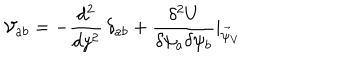
LaTeX: { \cal V } _ { a b } = - \frac { d ^ { 2 } } { d y ^ { 2 } } \, \delta _ { a b } + \frac { \delta ^ { 2 } U } { \delta \psi _ { a } \delta \psi _ { b } } | _ { \vec { \psi } _ { V } }